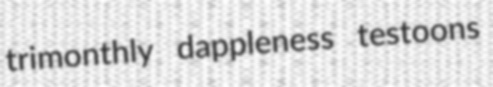
trimonthly dappleness testoons